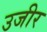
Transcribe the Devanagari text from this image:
उजीर